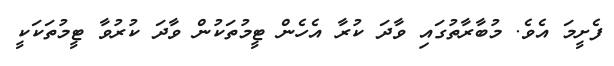
ފެށީމަ އެވެ. މުބާރާތުގައި ވާދަ ކުރާ އެހެން ޓީމުތަކުން ވާދަ ކުރުވާ ޓީމުތަކަކީ